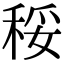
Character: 䅑